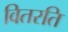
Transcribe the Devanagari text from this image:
वितरति